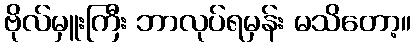
ဗိုလ်မှူးကြီး ဘာလုပ်ရမှန်း မသိတော့။